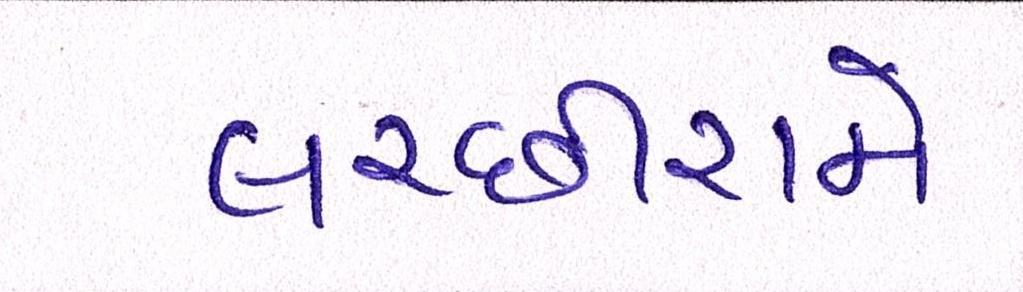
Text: લચ્છીરામે